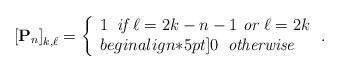
LaTeX: \begin{align*}\left[\mathbf{P}_{n} \right]_{k,\ell} = \left\{\begin{array}{l}1 \; \; \textit{if $\ell = 2k - n - 1$ or $\ell = 2k$} \\begin{align*}5pt]0 \; \; \textit{otherwise}\end{array}\right..\end{align*}